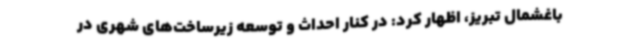
باغشمال تبریز، اظهار کرد: در کنار احداث و توسعه زیرساخت‌های شهری در